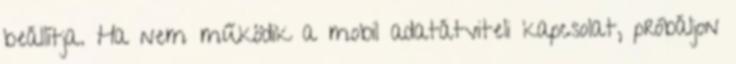
beállítja. Ha nem működik a mobil adatátviteli kapcsolat, próbáljon